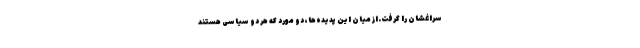
سراغشان را گرفت.از میان این پدیده‌ها، دو مورد که هر دو سیاسی هستند